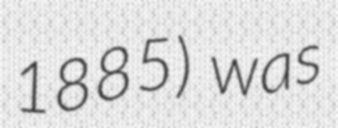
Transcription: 1885) was